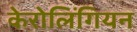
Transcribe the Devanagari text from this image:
केरोलिंगियन